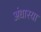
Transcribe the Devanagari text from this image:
अंधारया